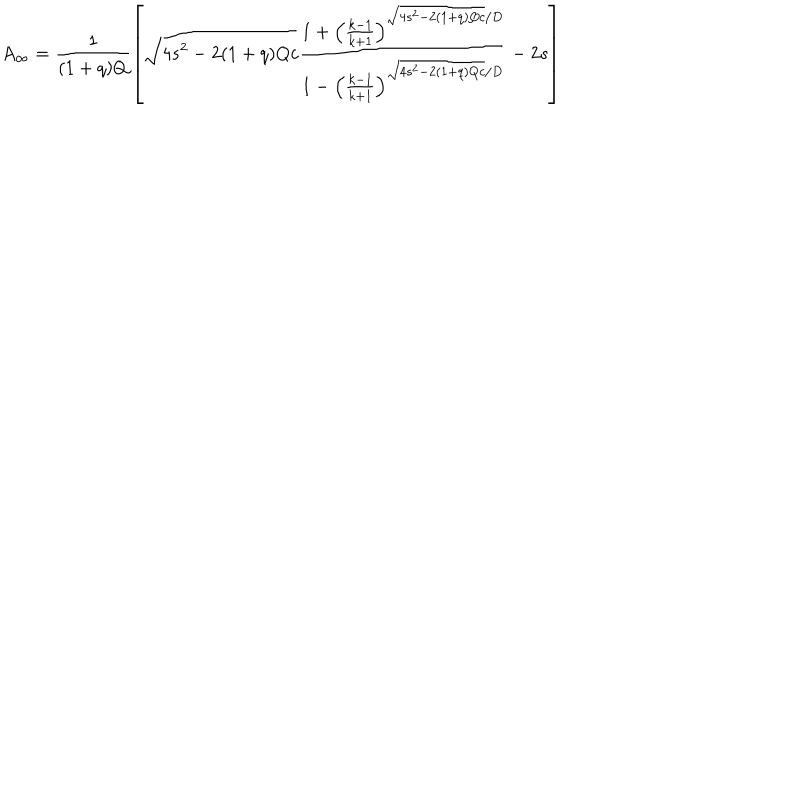
LaTeX: A _ { \infty } = \frac { 1 } { ( 1 + q ) Q } \left[ \sqrt { 4 s ^ { 2 } - 2 ( 1 + q ) Q c } \frac { 1 + \left( \frac { k - 1 } { k + 1 } \right) ^ { \sqrt { 4 s ^ { 2 } - 2 ( 1 + q ) Q c } / D } } { 1 - \left( \frac { k - 1 } { k + 1 } \right) ^ { \sqrt { 4 s ^ { 2 } - 2 ( 1 + q ) Q c } / D } } - 2 s \right]